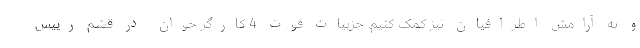
و به آرامش اطرافیان نیز کمک کنیم. جزییات فوت 4 کارگر جوان در قشم رییس